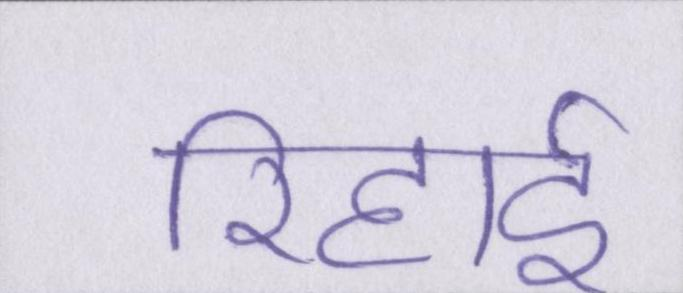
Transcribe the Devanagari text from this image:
रिहाई